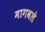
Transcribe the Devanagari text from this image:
मागवले